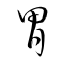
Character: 胃